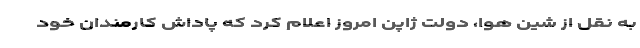
به نقل از شین هوا، دولت ژاپن امروز اعلام کرد که پاداش کارمندان خود